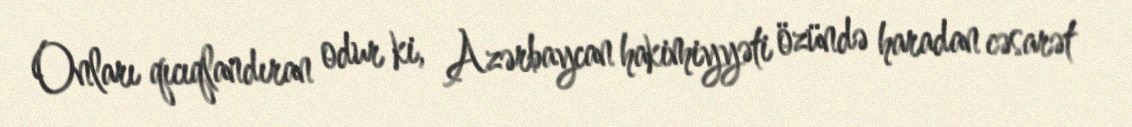
Onları qıcıqlandıran odur ki, Azərbaycan hakimiyyəti özündə haradan cəsarət